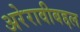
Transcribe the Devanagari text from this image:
अरेरावीबद्दल